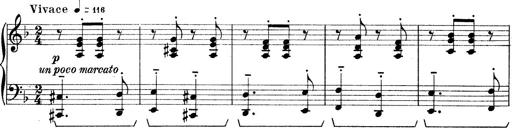
Title: Rapsodie: 19 ungheresi, 1 spagnuola
Composer: Franz Liszt